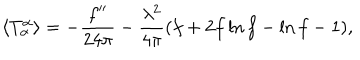
\langle T _ { \alpha } ^ { \alpha } \rangle = - { \frac { f ^ { \prime \prime } } { 2 4 \pi } } - { \frac { \lambda ^ { 2 } } { 4 \pi } } ( f + 2 f \ln f - \ln f - 1 ) ,